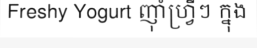
Freshy Yogurt ញ៉ាំហ្វ្រីៗ ក្នុង